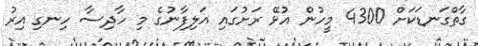
ގާތްގަނޑަކަށް 4300 މީހުން އުޅޭ ރަށުގައި އަލިފާނުގެ މި ހާދިސާ ހިނގި އިރު